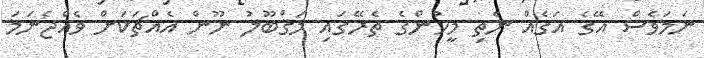
ނަމަވެސް އޭގެ އަގެއް ނެތި މީހުންގެ ތެރޭގައި މަޤްބޫލު ނޫން އެއްޗަކަށް ވެއްޖެނަމަ